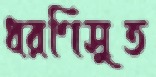
ধরণিসুত